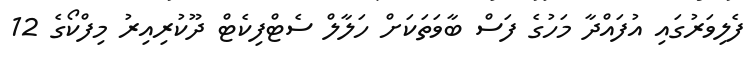
ފެލިވަރުގައި އުފައްދާ މަހުގެ ފަސް ބާވަތަކަށް ހަލާލް ސެޓްފިކެޓް ދޫކުރިއިރު މިފްކޯގެ 12